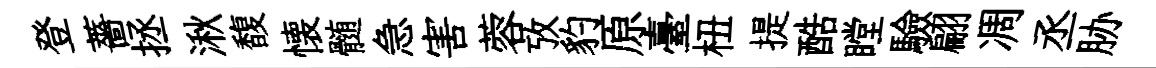
登薔拯湫馥懐髄急害蓉攷豹原臺杻提酷瞠驗翩凋丞胁